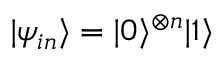
\begin{array} { r } { | \psi _ { i n } \rangle = | 0 \rangle ^ { \otimes n } | 1 \rangle } \end{array}